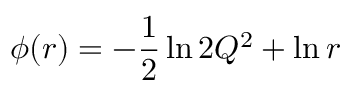
\phi ( r ) = - \frac { 1 } { 2 } \ln 2 Q ^ { 2 } + \ln r